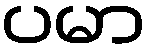
ပမာ